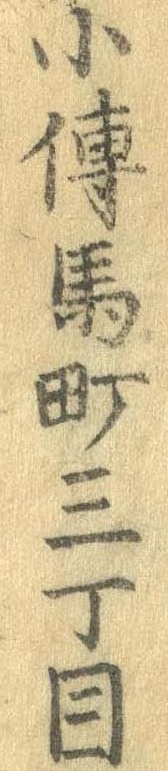
小伝馬町三丁目